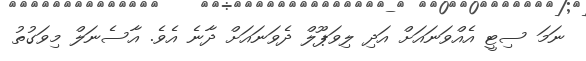
ނަމަ ސިޓީ އެއްވަނައަށް އަދި ލިވަޕޫލް ދެވަނައަށް ދާނެ އެވެ. އާސެނަލް މިވަގުތު